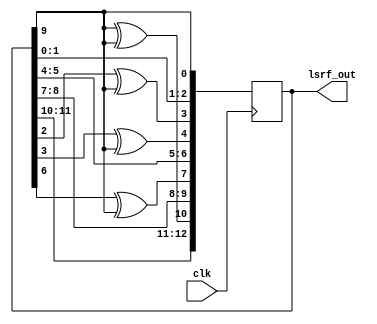
module LSRF(clk,lsrf_out);
	input clk;
	output reg [12:0] lsrf_out = 1111111111111;
	
	wire feedback = lsrf_out[9];
	
	always @(posedge clk)
	begin
		lsrf_out[0] <= feedback;
		lsrf_out[1] <= lsrf_out[0];
		lsrf_out[2] <= lsrf_out[1];
		lsrf_out[3] <= lsrf_out[2] ^ feedback;
		lsrf_out[4] <= lsrf_out[3] ^ feedback;
		lsrf_out[5] <= lsrf_out[4];
		lsrf_out[6] <= lsrf_out[5];
		lsrf_out[7] <= lsrf_out[6] ^ feedback;
		lsrf_out[8] <= lsrf_out[7];
		lsrf_out[9] <= lsrf_out[8];
		lsrf_out[10] <= lsrf_out[9]^ feedback;
		lsrf_out[11] <= lsrf_out[10];
		lsrf_out[12] <= lsrf_out[11];
		
	end
endmodule